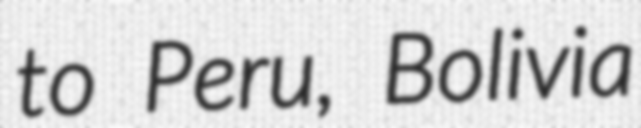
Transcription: to Peru, Bolivia